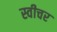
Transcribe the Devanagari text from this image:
स्वीचर